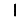
Digit: 1